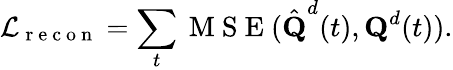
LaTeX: \mathcal{L}_{\mathrm{~r~e~c~o~n~}}=\sum_{t}\mathrm{~M~S~E~}(\hat{\textbf{Q}}^{d}(t),\textbf{Q}^{d}(t)).